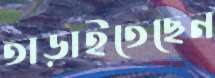
তাড়াইতেছেন